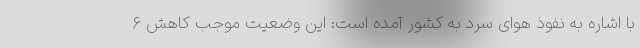
با اشاره به نفوذ هوای سرد به کشور آمده است: این وضعیت موجب کاهش ۶